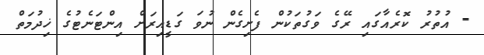
- އުތުރު ކޮރެއާގައި ރޭގެ ވަގުތަކުން ފެށިގެން ނުވަ ގަޑީއިރަށް އިންޓަނެޓުގެ ޚިދުމަތް